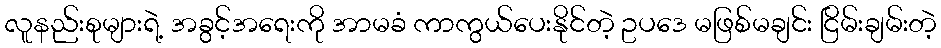
လူနည်းစုများရဲ့ အခွင့်အရေးကို အာမခံ ကာကွယ်ပေးနိုင်တဲ့ ဥပဒေ မဖြစ်မချင်း ငြိမ်းချမ်းတဲ့